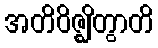
အတိဝိဇ္ဈိတွာတိ